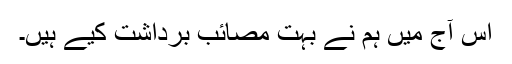
اس آج میں ہم نے بہت مصائب برداشت کیے ہیں۔